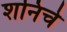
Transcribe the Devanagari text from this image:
शनिचे